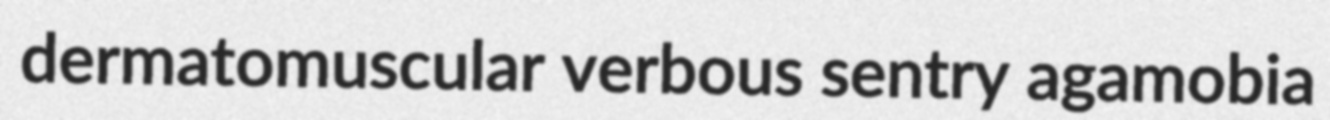
dermatomuscular verbous sentry agamobia